Report on vaccination in Madras 1895-1903 - 1895-1903
Year: 1895
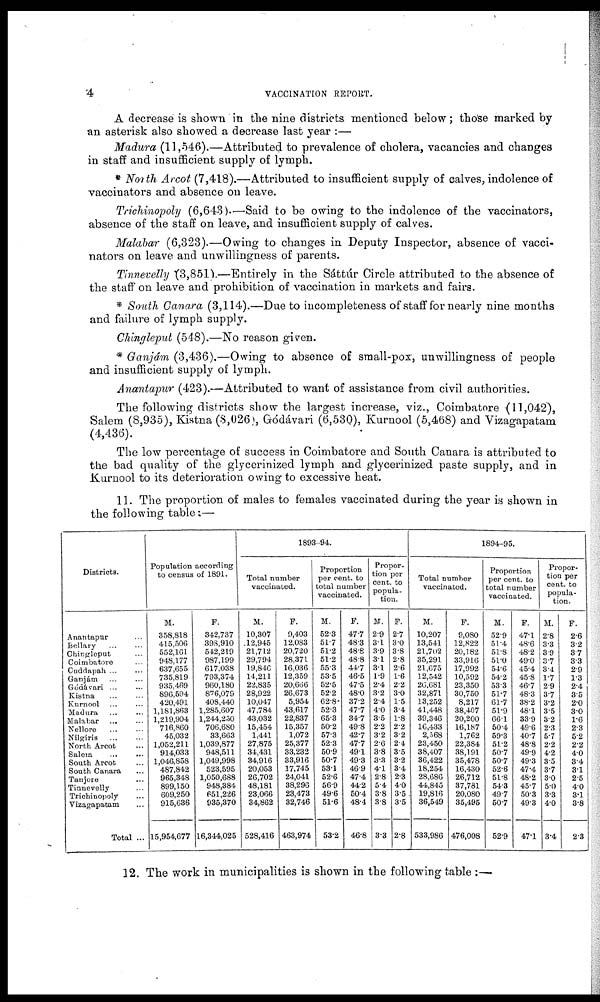
4
VACCINATION REPORT.
A decrease is shown in the nine districts mentioned below; those marked by
an asterisk also showed a decrease last year :—
Madura (11,546).—Attributed to prevalence of cholera, vacancies and changes
in staff and insufficient supply of lymph.
* North Arcot (7,418).—Attributed to insufficient supply of calves, indolence of
vaccinators and absence on leave.
Trichinopoly (6,643)—Said to be owing to the indolence of the vaccinators,
absence of the staff on leave, and insufficient supply of calves.
Malabar (6,323).—Owing to changes in Deputy Inspector, absence of vacci-
nators on leave and unwillingness of parents.
Tinnevelly (3,851).—Entirely in the Sáttúr Circle attributed to the absence of
the staff on leave and prohibition of vaccination in markets and fairs.
* South Canara (3,114).—Due to incompleteness of staff for nearly nine months
and failure of lymph supply.
Chingleput (548).—No reason given.
* Ganjám (3,436).—Owing to absence of small-pox, unwillingness of people
and insufficient supply of lymph.
Anantapur (423).—Attributed to want of assistance from civil authorities.
The following districts show the largest increase, viz., Coimbatore (11,042),
Salem (8,935), Kistna (8,026), Gódávari (6,530), Kurnool (5,468) and Vizagapatam
(4,436).
The low percentage of success in Coimbatore and South Canara is attributed to
the bad quality of the glycerinized lymph and glycerinized paste supply, and in
Kurnool to its deterioration owing to excessive heat.
11. The proportion of males to females vaccinated during the year is shown in
the following table:—
Districts.
Anantapur ...
Bellary ... ...
Chinpleput ...
Coimbatore ...
Cuddapah ... ...
Ganjám ... ...
Godávari ... ...
Kistna ... ...
Kurnool ... ...
Madura ... ...
Malabar ... ...
Nellore ... ...
Nilgiris ... ...
North Arcot ...
Salem ... ...
South Arcot ...
South Canara ...
Tanjore ...
Tinnevelly ...
Trichinopoly ...
Vizagapatam ...
Total ...
Population according
to census of 1891.
M.
358,818
415,506
552,101
948,177
637,655
735,819
935,469
896,594
420,491
1,181,863
1,219,904
716,860
45,032
1,052,211
914,033
1,046,858
487,842
965,348
899,150
609,250
915,636
15,954,677
F.
342,737
398,910
542,219
987,199
617,038
793,374
960,180
876,079
408,440
1,285,607
1,244,230
706,680
33,663
1,039,877
948,511
1,049,998
523,595
1,050,688
948,384
651,226
935,370
16,344,025
1893-94.
Total number
vaccinated.
M.
10,307
12,945
21,712
29,794
19,846
14,211
22,835
28,922
10,047
47,784
43,032
15,454
1,441
27,875
34,431
34,916
20,053
26,702
48,181
23,066
34,862
528,416
F.
9,403
12,083
20,720
28,371
16,036
12,359
20,666
26,673
5,954
43,617
22,837
15,357
1,072
25,377
33,232
33,916
17,745
24,041
38,296
23,473
32,746
463,974
Proportion
per cent. to
total number
vaccinated.
M.
52.3
51.7
51.2
51.2
55.3
53.5
52.5
52.2
62.8
52.3
65.3
50.2
57.3
52.3
50.9
50.7
53.1
52.6
56.9
49.6
51.6
53.2
F.
47.7
48.3
48.8
48.8
44.7
46.5
47.5
48.0
37.2
47.7
34.7
49.8
42.7
47.7
49.1
49.3
46.9
47.4
44.2
50.4
48.4
46.8
Propor-
tion per
cent. to
popula-
tion.
M.
2.9
3.1
3.9
3.1
3.1
1.9
2.4
3.2
2.4
4.0
3.5
2.2
3.2
2.6
3.8
3.3
4.1
2.8
5.4
3.8
3.8
3.3
F.
2.7
3.0
3.8
2.8
2.6
1.6
2.2
3.0
1.5
3.4
1.8
2.2
3.2
2.4
3.5
3.2
3.4
2.3
4.0
3.5
3.5
2.8
1894-95.
Total number
vaccinated.
M.
10,207
13,541
21,702
35,291
21,675
12,542
26,681
32,871
13,252
41,448
39,346
16,433
2,568
23,450
38,407
36,422
18,254
28,686
44,845
19,816
36,549
533,986
F.
9,080
12,822
20,182
33,916
17,992
10,592
23,350
30,750
8,217
38,407
20,200
16,187
1,762
22,384
38,191
35,478
16,430
26,712
37,781
20,080
35,495
476,008
Proportion
per cent. to
total number
vaccinated.
M.
52.9
51.4
51.8
51.0
54.6
54.2
53.3
51.7
61.7
51.9
66.1
50.4
59.3
51.2
50.7
50.7
52.6
51.8
54.3
49.7
50.7
52.9
F.
47.1
48.6
48.2
49.0
45.4
45.8
46.7
48.3
38.2
48.1
33.9
49.6
40.7
48.8
49.9
49.3
47.4
48.2
45.7
50.3
49.3
47.1
Propor-
tion per
cent. to
popula-
tion.
M.
2.8
3.3
3.9
3.7
3.4
1.7
2.9
3.7
3.2
3.5
3.2
2.3
5.7
2.2
4.2
3.5
3.7
3.0
5.0
3.3
4.0
3.4
F.
2.6
3.2
3.7
3.3
2.9
1.3
2.4
3.5
2.0
3.0
1.6
2.3
5.2
2.2
4.0
3.4
3.1
2.5
4.0
3.1
3.8
2.3
12. The work in municipalities is shown in the following table :—